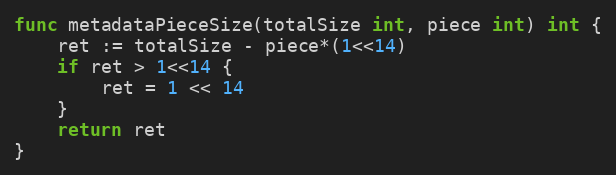
Language: Go
func metadataPieceSize(totalSize int, piece int) int {
	ret := totalSize - piece*(1<<14)
	if ret > 1<<14 {
		ret = 1 << 14
	}
	return ret
}